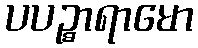
ပပဉ္စာရာမော